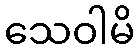
သေဝါမိ